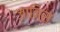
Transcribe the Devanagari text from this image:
जानिस